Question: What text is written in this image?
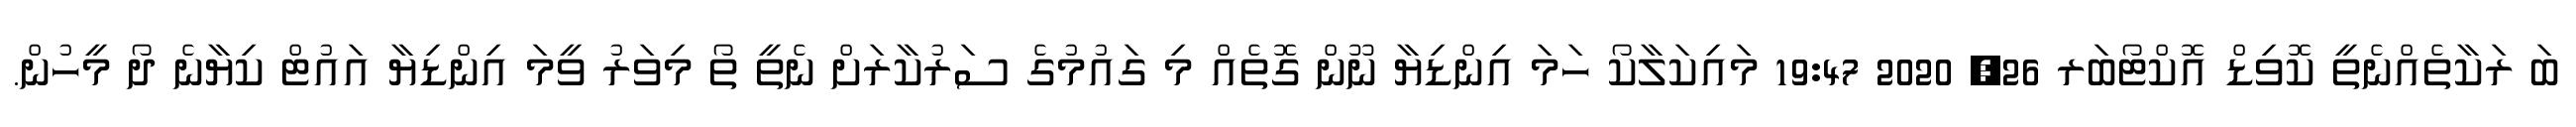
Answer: ބަ ރަކާތެއްނެތީ ކޮވިޑް އޮކްޓޯބަރ 26, 2020 19:47 މައިކަލާކޯ ހަމަ އިންޑިޔާ ނޫން ގޮތެއް މި ގައުމުގެ ސަރުކާރަށް ނެތީ ތޯ މިވަރު ވީމަ އިންޑިޔާ އައުޓް ކިޔާނެ ދޯ މީހުން.